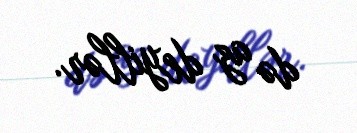
də az deyillər.